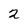
Character: 2